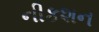
નીકશન